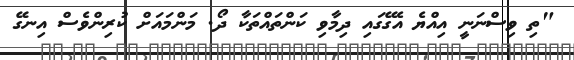
"ތި ވިސްނަނީ އިއްޔެ އެގޭގައި ދިމާވި ކަންތައްތަކާ ދޯ. މަންމައަށް ކުރިންވެސް އިނގޭ